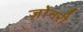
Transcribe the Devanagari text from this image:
ज़ोनरी